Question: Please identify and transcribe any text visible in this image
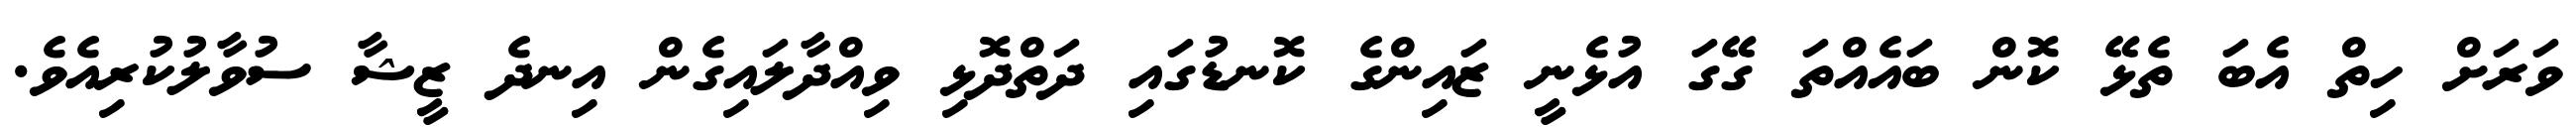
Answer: ވަރަށް ހިތް އެބަ ތެޅޭ ކޮން ބައެއްތަ ގޭގަ އުޅެނީ ޒައިންގެ ކޮނޑުގައި ދަތްދޮޅި ވިއްދާލައިގެން އިނދެ ޒީޝާ ސުވާލުކުރިއެވެ.